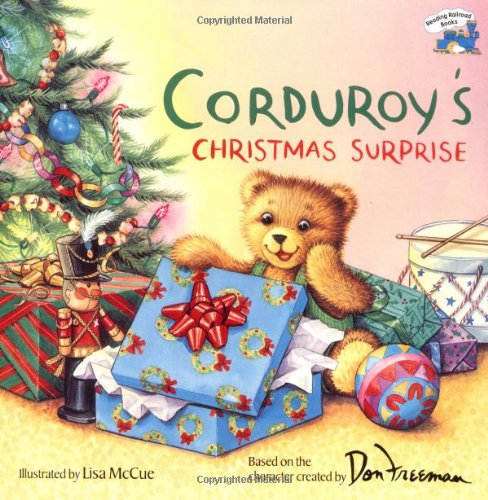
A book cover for Corduroy's Christmas Surprise; Don Freeman; Children's Books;